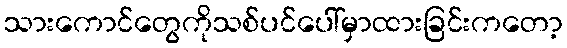
သားကောင်တွေကိုသစ်ပင်ပေါ်မှာထားခြင်းကတော့